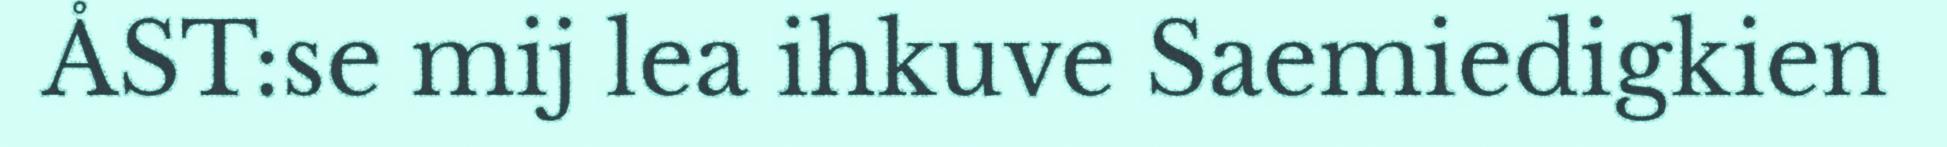
ÅST:se mij lea ihkuve Saemiedigkien